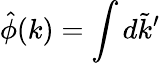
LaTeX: \hat{\phi}(k)=\int d\tilde{k}^{\prime}